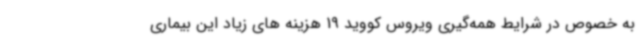
به خصوص در شرایط همه‌گیری ویروس کووید 19 هزینه های زیاد این بیماری